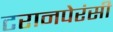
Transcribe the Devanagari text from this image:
टरानपेरंसी